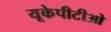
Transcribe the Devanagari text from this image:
यूकेपीटीओ